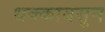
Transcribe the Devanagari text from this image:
धक्काबसुन